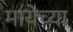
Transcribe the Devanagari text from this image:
मायेच्या